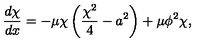
\frac { d \chi } { d x } = - \mu \chi \left( \frac { \chi ^ { 2 } } { 4 } - a ^ { 2 } \right) + \mu \phi ^ { 2 } \chi ,